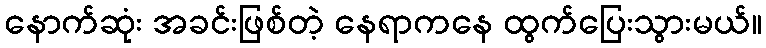
နောက်ဆုံး အခင်းဖြစ်တဲ့ နေရာကနေ ထွက်ပြေးသွားမယ်။